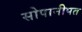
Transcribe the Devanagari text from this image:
सोपानीपत